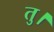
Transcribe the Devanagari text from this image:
तु।